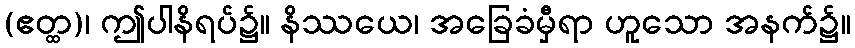
(ဧတ္ထ)၊ ဤပါနိရပ်၌။ နိဿယေ၊ အခြေခံမှီရာ ဟူသော အနက်၌။